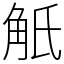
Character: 觗